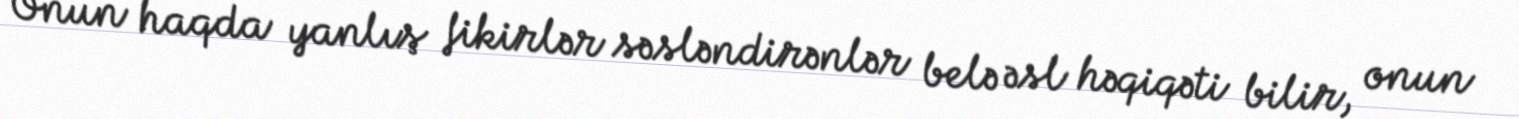
Onun haqda yanlış fikirlər səsləndirənlər belə əsl həqiqəti bilir, onun